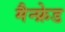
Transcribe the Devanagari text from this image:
मैन्फ्रेड